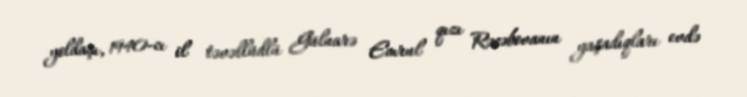
yoldaşı, 1940-cı il təvəllüdlü Gülnarə Emrul qızı Rəcəbovanın yaşadıqları evdə